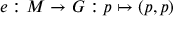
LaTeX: e : M \to G : p \mapsto ( p , p )